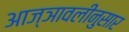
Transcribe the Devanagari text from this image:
आज्ञावलीनुसार